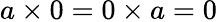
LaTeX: a\times 0=0\times a=0